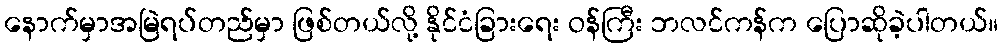
နောက်မှာအမြဲရပ်တည်မှာ ဖြစ်တယ်လို့ နိုင်ငံခြားရေး ဝန်ကြီး ဘလင်ကန်က ပြောဆိုခဲ့ပါတယ်။